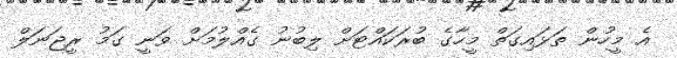
އެ މީހުން ތަޅައިގަތް މީހާގެ ބުރަކައްޓަށް ލިބުނު ގެއްލުމަށް ވަނީ ގަމު ރީޖަނަލް